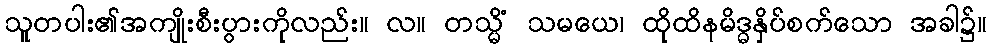
သူတပါး၏အကျိုးစီးပွားကိုလည်း။ လ။ တသ္မိံ သမယေ၊ ထိုထိနမိဒ္ဓနှိပ်စက်သော အခါ၌။